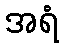
အရံ